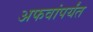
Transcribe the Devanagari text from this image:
अफवांपर्यंत